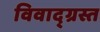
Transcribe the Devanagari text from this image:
विवाद्ग्रस्त